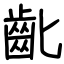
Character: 齔